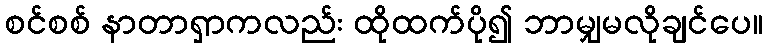
စင်စစ် နာတာရှာကလည်း ထိုထက်ပို၍ ဘာမျှမလိုချင်ပေ။